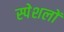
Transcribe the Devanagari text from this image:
स्पेशलों